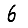
Digit: 6